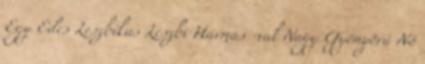
Egy Édes Leszbikus Leszbi Hármas -val Nagy Gyönyörű Nő